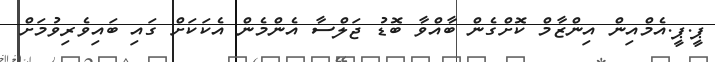
ޕީ.ޕީ.އެމްއިން އިންޒާމް ކޮށްގެން ބާއްވާ ބޮޑު ޖަލްސާ އެންމެން އެކަކަށް ގައި ބައިވެރިވުމަށް